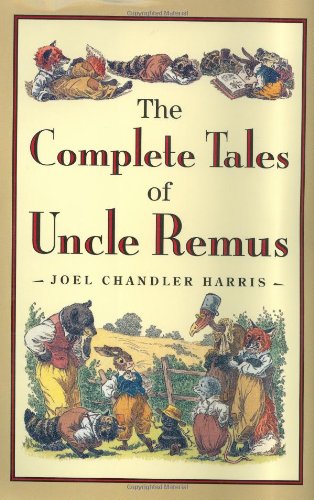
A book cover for The Complete Tales of Uncle Remus; Joel Chandler Harris; Politics & Social Sciences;